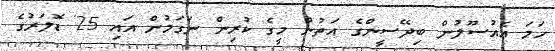
ހަމަ އެއުސޫލުން ބިދޭސީންގެ އަތުން މީގެ ކުރިން ނަގަމުން އައި 25 ޑޮލަރުގެ